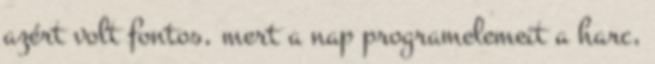
azért volt fontos, mert a nap programelemeit a harc,